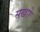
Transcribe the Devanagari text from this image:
सखारे